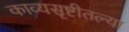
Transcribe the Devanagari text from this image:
काव्यसृष्टीतल्या